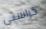
كراستي